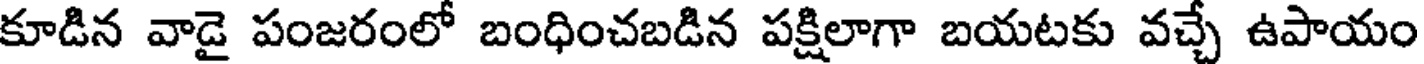
కూడిన వాడై పంజరంలో బంధించబడిన పక్షిలాగా బయటకు వచ్చే ఉపాయం